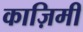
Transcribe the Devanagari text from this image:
काज़िमी